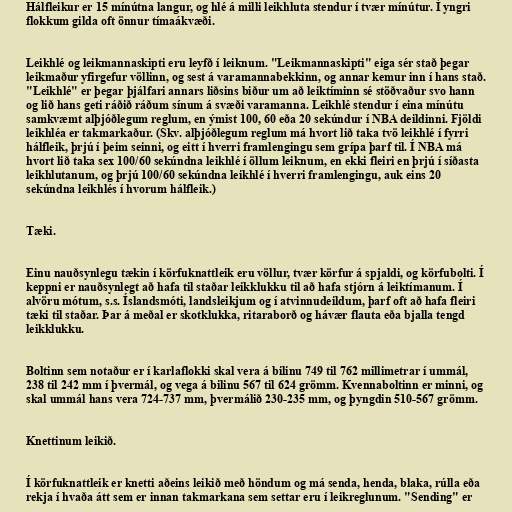
Hálfleikur er 15 mínútna langur, og hlé á milli leikhluta stendur í tvær mínútur. Í yngri
flokkum gilda oft önnur tímaákvæði.

Leikhlé og leikmannaskipti eru leyfð í leiknum. "Leikmannaskipti" eiga sér stað þegar
leikmaður yfirgefur völlinn, og sest á varamannabekkinn, og annar kemur inn í hans stað.
"Leikhlé" er þegar þjálfari annars liðsins biður um að leiktíminn sé stöðvaður svo hann
og lið hans geti ráðið ráðum sínum á svæði varamanna. Leikhlé stendur í eina mínútu
samkvæmt alþjóðlegum reglum, en ýmist 100, 60 eða 20 sekúndur í NBA deildinni. Fjöldi
leikhléa er takmarkaður. (Skv. alþjóðlegum reglum má hvort lið taka tvö leikhlé í fyrri
hálfleik, þrjú í þeim seinni, og eitt í hverri framlengingu sem grípa þarf til. Í NBA má
hvort lið taka sex 100/60 sekúndna leikhlé í öllum leiknum, en ekki fleiri en þrjú í síðasta
leikhlutanum, og þrjú 100/60 sekúndna leikhlé í hverri framlengingu, auk eins 20
sekúndna leikhlés í hvorum hálfleik.)

Tæki.

Einu nauðsynlegu tækin í körfuknattleik eru völlur, tvær körfur á spjaldi, og körfubolti. Í
keppni er nauðsynlegt að hafa til staðar leikklukku til að hafa stjórn á leiktímanum. Í
alvöru mótum, s.s. Íslandsmóti, landsleikjum og í atvinnudeildum, þarf oft að hafa fleiri
tæki til staðar. Þar á meðal er skotklukka, ritaraborð og hávær flauta eða bjalla tengd
leikklukku.

Boltinn sem notaður er í karlaflokki skal vera á bilinu 749 til 762 millimetrar í ummál,
238 til 242 mm í þvermál, og vega á bilinu 567 til 624 grömm. Kvennaboltinn er minni, og
skal ummál hans vera 724-737 mm, þvermálið 230-235 mm, og þyngdin 510-567 grömm.

Knettinum leikið.

Í körfuknattleik er knetti aðeins leikið með höndum og má senda, henda, blaka, rúlla eða
rekja í hvaða átt sem er innan takmarkana sem settar eru í leikreglunum. "Sending" er